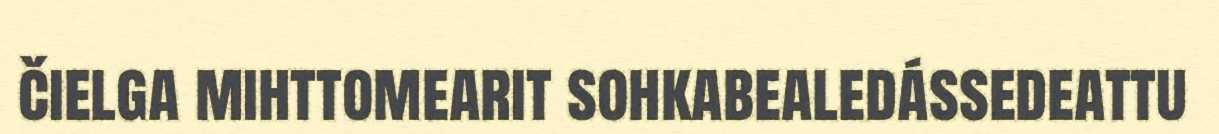
čielga mihttomearit sohkabealedássedeattu